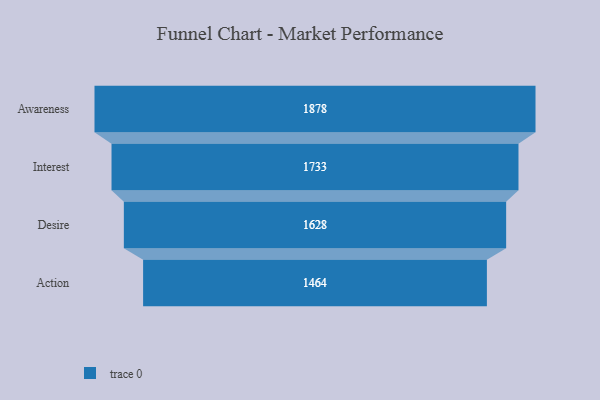
{"axis": {"x": "Stage", "y": "Value"}, "legend": [""], "data": [{"x": "Awareness", "y": 1878.0, "type": ""}, {"x": "Interest", "y": 1733.0, "type": ""}, {"x": "Desire", "y": 1628.0, "type": ""}, {"x": "Action", "y": 1464.0, "type": ""}]}